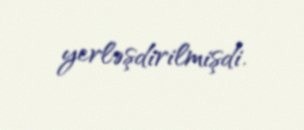
yerləşdirilmişdi.